Vaccine operations Central Provinces 1868-1885 - 1868-1885
Year: 1868
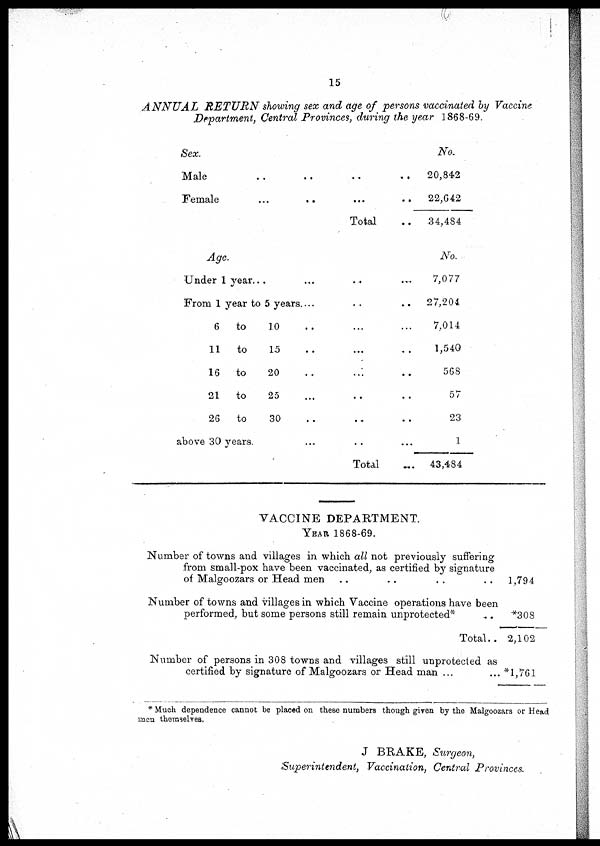
15
ANNUAL
RETURN showing sex and age of persons vaccinated by Vaccine
Department, Central Provinces, during the year 1868-69.
Sex.
Male..
..
..
..
Female..
..
..
..
Total.. ..
No.
20,842
22,642
34,484
Age.
Under 1 year... ...
From 1 year to 5 years. ...
6 to
10 ... ...
11 to
15 ... ...
16 to
20 ... ...
21 to
25 ... ...
26 to
30 ... ...
above 30 years. ... ...
Total... ...
No.
7,077
27,204
7,014
1,540
568
57
23
1
43,484
VACCINE DEPARTMENT.
Year 1868-69.
Number of towns and villages in which all not previously suffering
from small-pox have been vaccinated, as certified by signature
of Malgoozars or Head men.. ... .. .. ..
Number of towns and villages in which Vaccine operations have been
performed, but some persons still remain unprotected*.. .. .. .. ..
Total..
Number of persons in 308 towns and villages still unprotected as
certified by signature of Malgoozars or Head man ... ...
1,794
*308
2,102
*1,761
* Much dependence cannot be placed on these numbers though given by the Malgoozars or Head
men themselves.
J BRAKE, Surgeon,
Superintendent, Vaccination, Central Provinces.